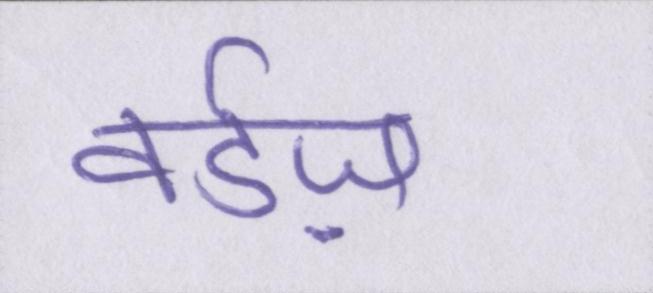
वर्डज़